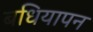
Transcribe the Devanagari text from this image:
बधियापन